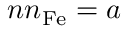
n n _ { \mathrm { F e } } = { a }